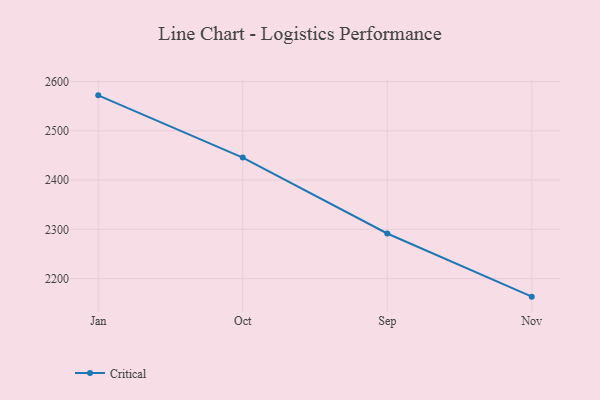
{"axis": {"x": "Month", "y": "LTV (USD)"}, "legend": ["Critical"], "data": [{"x": "Jan", "y": 2572.2, "type": "Critical"}, {"x": "Oct", "y": 2445.9, "type": "Critical"}, {"x": "Sep", "y": 2291.6, "type": "Critical"}, {"x": "Nov", "y": 2163.3, "type": "Critical"}]}